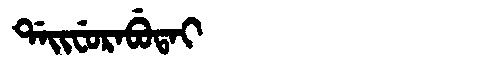
Manchu: ᡩᠠᡳᠸᡠᡵᠠᠪᡠᡨᠠᡳ
Romanization: DAIFURABUTAI